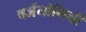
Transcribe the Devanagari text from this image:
वर्जयोगिनी